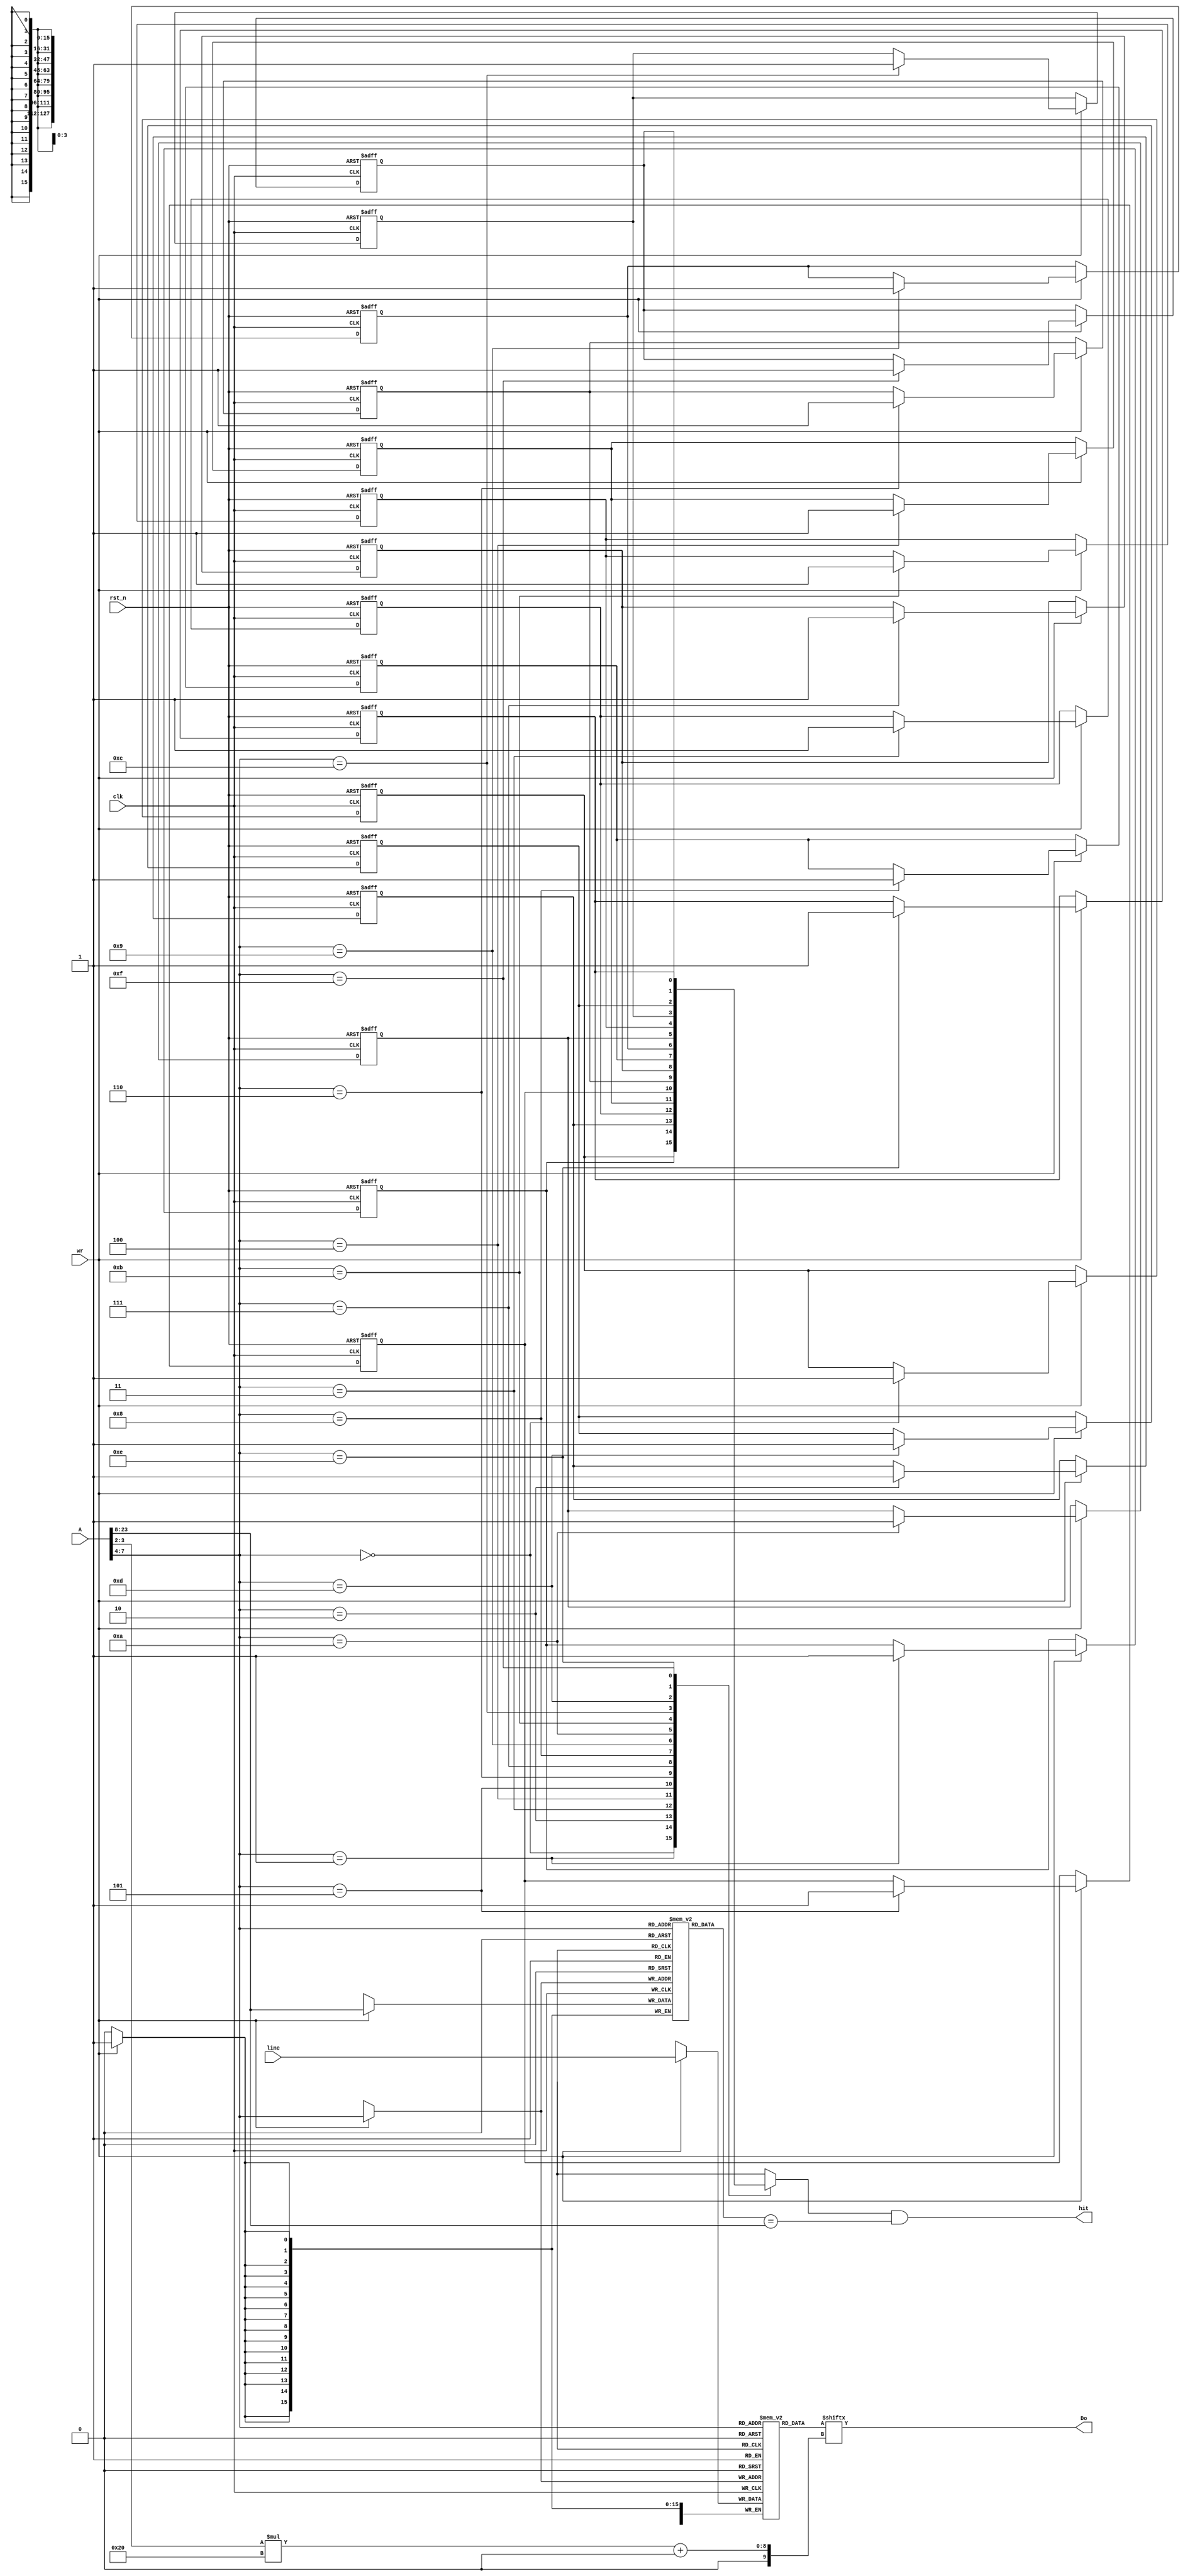
/*
	Copyright 2020 Mohamed Shalan (mshalan@aucegypt.edu)
	
	Licensed under the Apache License, Version 2.0 (the "License"); 
	you may not use this file except in compliance with the License. 
	You may obtain a copy of the License at:
	http://www.apache.org/licenses/LICENSE-2.0
	Unless required by applicable law or agreed to in writing, software 
	distributed under the License is distributed on an "AS IS" BASIS, 
	WITHOUT WARRANTIES OR CONDITIONS OF ANY KIND, either express or implied. 
	See the License for the specific language governing permissions and 
	limitations under the License.
*/

`timescale          1ns/1ps
`default_nettype    none

/*
    A parameterized Read-only Direct Mapped Cache
*/
module DMC  #(  parameter   NUM_LINES   = 16, 
                            LINE_SIZE   = 16 ) 
(
    input wire                      clk,
    input wire                      rst_n,
    // 
    input wire  [23:0]              A,
    output wire [31:0]              Do,
    output wire                     hit,
    //
    input wire [(LINE_SIZE*8)-1:0]  line,
    input wire                      wr
);
    // Some local parameters for constants needed by the models
    localparam      LINE_WIDTH  = LINE_SIZE * 8;
    localparam      LINE_WORDS  = LINE_SIZE / 4;
    localparam      INDEX_WIDTH = $clog2(NUM_LINES);
    localparam      OFF_WIDTH   = $clog2(LINE_SIZE);
    localparam      TAG_WIDTH   = 24 - INDEX_WIDTH - OFF_WIDTH;
    
    // The cache storage: Data, Tag, Valid
    reg [(LINE_WIDTH - 1): 0]   LINES   [(NUM_LINES-1):0];
    reg [(TAG_WIDTH - 1) : 0]   TAGS    [(NUM_LINES-1):0];
    reg                         VALID   [(NUM_LINES-1):0];

    // The Address Fields
    wire [(OFF_WIDTH - 1) : 0]  offset      =   A[(OFF_WIDTH - 1): 0];
    wire [(OFF_WIDTH - 3) : 0]  word_offset =   offset[(OFF_WIDTH - 1) : 2];
    wire [(INDEX_WIDTH -1): 0]  index       =   A[(OFF_WIDTH+INDEX_WIDTH-1): (OFF_WIDTH)];
    wire [(TAG_WIDTH-1)   : 0]  tag         =   A[23:(OFF_WIDTH+INDEX_WIDTH)];

    // The hit signal has to do with the current 
    assign  hit =   VALID[index] & (TAGS[index] == tag);

    // output the word 
    assign Do = LINES[index][word_offset*32 +: 32];
    
    // clear the VALID flags
    integer i;
    always @ (posedge clk or negedge rst_n)
        if(rst_n == 1'b0) 
            for(i=0; i<NUM_LINES; i=i+1)
                VALID[i] <= 1'b0;
        else  
            if(wr)
                VALID[index]    <= 1'b1;

    always @(posedge clk)
        if(wr) begin
            LINES[index]    <= line;
            TAGS[index]     <= tag;
        end

endmodule